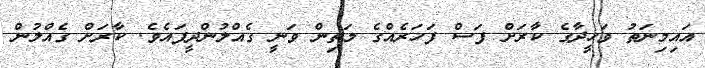
އައިމިނަތު ވަހީދާގެ ކާރަށް ފަސް ފަހަރެއްގެ މަތިން ވަނީ ގެއްލުންދީފައެވެ. ކާރަށް ގެއްލުން